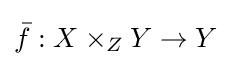
{\bar {f}}:X\times _{Z}Y\rightarrow Y